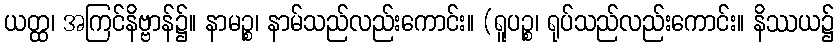
ယတ္ထ၊ အကြင်နိဗ္ဗာန်၌။ နာမဉ္စ၊ နာမ်သည်လည်းကောင်း။ (ရူပဉ္စ၊ ရုပ်သည်လည်းကောင်း။ နိဿယ၌